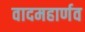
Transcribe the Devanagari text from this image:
वादमहार्णव